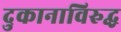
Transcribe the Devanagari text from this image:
दुकानाविरुद्ध